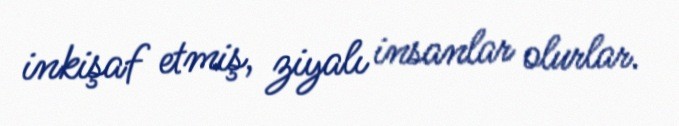
inkişaf etmiş, ziyalı insanlar olurlar.